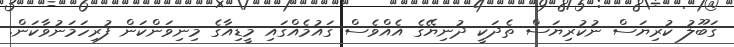
ގަބޫލު ކުރިޔަސް ނުކުރިޔަސް ތެދަކީ ދުނިޔޭގެ އެއްވެސް ގައުމެއްގައި މީޑިއާގެ މިނިވަންކަން ފުރިހަމަނުވާކަން.